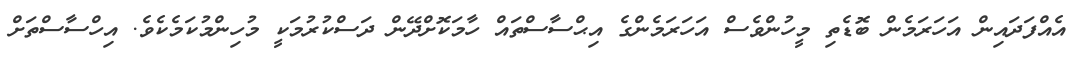
އެއްފަދައިން އަހަރަމެން ބޮޑެތި މީހުންވެސް އަހަރަމެންގެ އިޙްސާސްތައް ހާމަކޮށްދޭން ދަސްކުރުމަކީ މުހިންމުކަމެކެވެ. އިހްސާސްތަށް